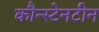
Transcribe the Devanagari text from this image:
कौन्स्टेनटीन